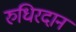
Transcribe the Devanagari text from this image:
रुधिरदान